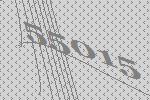
55015